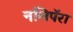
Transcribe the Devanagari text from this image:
नलिपॅरा